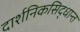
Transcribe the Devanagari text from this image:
दार्शनिकसिद्धान्त